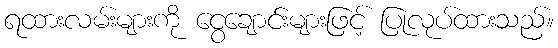
ရထားလမ်းများကို ငွေချောင်းများဖြင့် ပြုလုပ်ထားသည်။